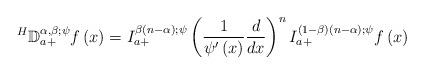
LaTeX: \begin{align*}^{H}\mathbb{D}_{a+}^{\alpha ,\beta ;\psi }f\left( x\right) =I_{a+}^{\beta \left(n-\alpha \right) ;\psi }\left( \frac{1}{\psi ^{\prime }\left( x\right) }\frac{d}{dx}\right) ^{n}I_{a+}^{\left( 1-\beta \right) \left( n-\alpha\right) ;\psi }f\left( x\right)\end{align*}